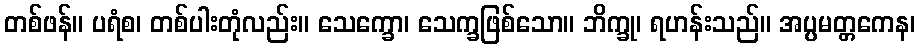
တစ်ဖန်။ ပရံစ၊ တစ်ပါးတုံလည်း။ သေက္ခော၊ သေက္ခဖြစ်သော။ ဘိက္ခု၊ ရဟန်းသည်။ အပ္ပမတ္တကေန၊